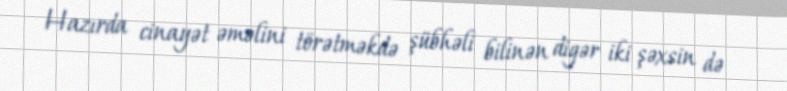
Hazırda cinayət əməlini törətməkdə şübhəli bilinən digər iki şəxsin də